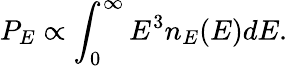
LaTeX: P_{E}\propto\int_{0}^{\infty}E^{3}n_{E}(E)dE.